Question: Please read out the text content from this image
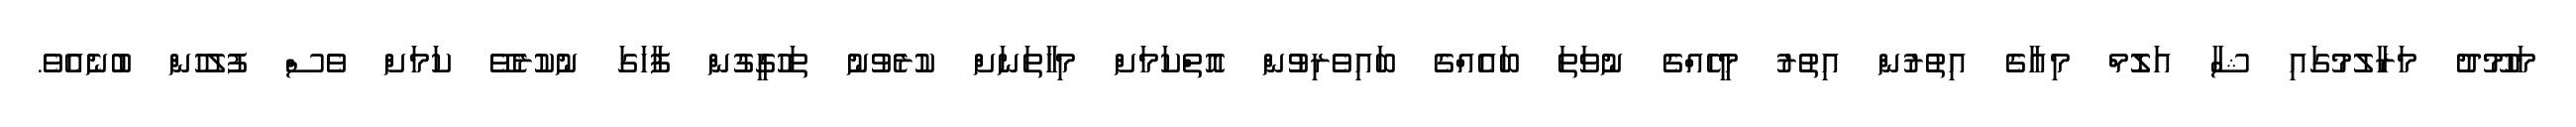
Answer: މަހުމޫދު މަރާލުމުގައި ޝާ އަލޮމް މިއާގެ އިތުރުން އިތުރު މީހެއްގެ ނުވަތަ ބައެއްގެ ބައިވެރިވުުން އޮތްކަމަށް މިހާތަނަށް ކުރެވުނު ތަހުގީގުން ފާހަގަ ނުކުރެވޭ ކަމަށް ވެސް ފުލުހުން ބުނެއެވެ.